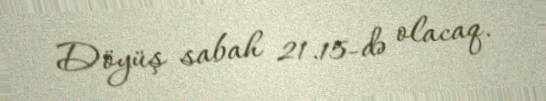
Döyüş sabah 21.15-də olacaq.